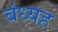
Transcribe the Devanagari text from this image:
बंध्यह